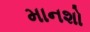
માનશો